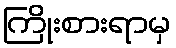
ကြိုးစားရာမှ